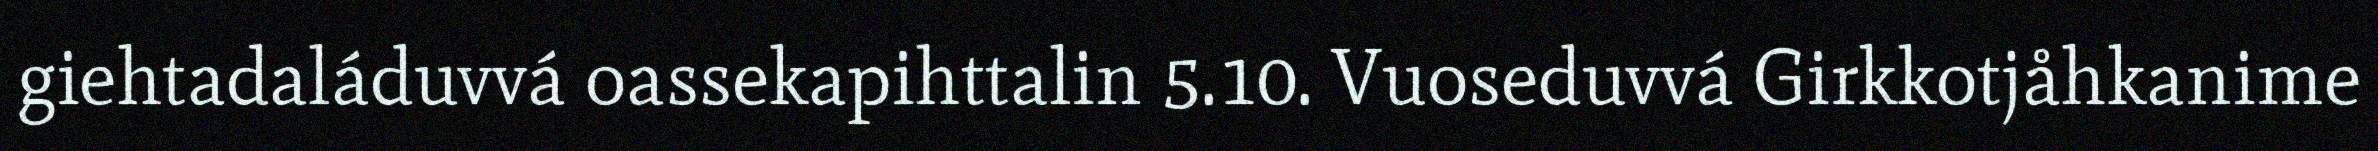
giehtadaláduvvá oassekapihttalin 5.10. Vuoseduvvá Girkkotjåhkanime